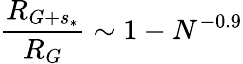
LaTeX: \frac{{R}_{G+s_{*}}}{R_{G}}\sim 1-N^{-0.9}